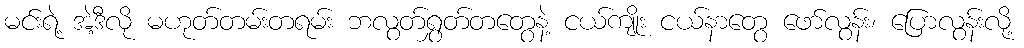
မင်းရဲ့ အဲ့ဒီလို မဟုတ်တမ်းတရမ်း ဘလွတ်ရွှတ်တတွေနဲ့ ငယ်ကျိုး ငယ်နာတွေ ဖော်လွန်း၊ ပြောလွန်းလို့